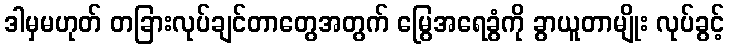
ဒါမှမဟုတ် တခြားလုပ်ချင်တာတွေအတွက် မြွေအရေခွံကို ခွာယူတာမျိုး လုပ်ခွင့်